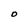
Character: O